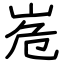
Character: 峞